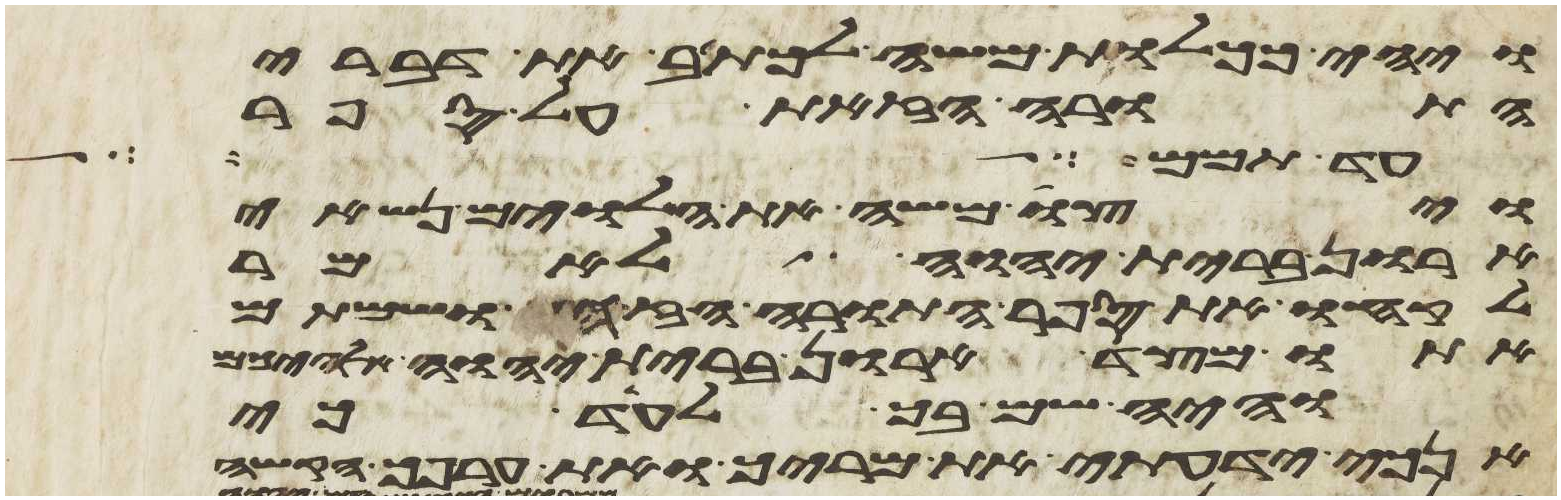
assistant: ויהי ככלות משה לכתב את דברי
התורה הזאת על ספר
עד תמם האזינו
ויצו משה את הלוים נשאי
ארון ברית יהוה לאמר
לקחו את ספר התורה הזה ושמתם
אתו מצד ארון ברית יהוה אלהיכם
והיה שם בך לעד כי
אנכי ידעתי את מריך ואת ערפך הקשה